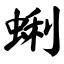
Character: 蜊